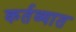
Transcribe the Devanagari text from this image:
कर्तव्यात